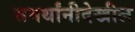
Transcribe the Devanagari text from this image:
समर्थांनीदेखील